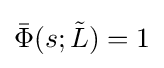
{\bar {\Phi }}(s;{\tilde {L}})=1